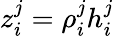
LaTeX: z_{i}^{j}=\rho_{i}^{j}h_{i}^{j}